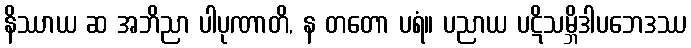
နိဿာယ ဆ အဘိညာ ပါပုဏာတိ, န တတော ပရံ။ ပညာယ ပဋိသမ္ဘိဒါပဘေဒဿ